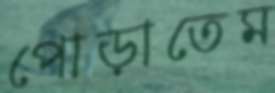
পোড়াতেম